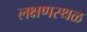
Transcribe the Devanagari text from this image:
लक्षणस्थळ